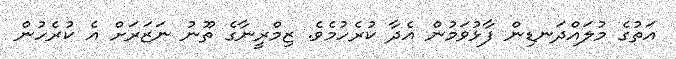
އަތުގެ މުލައްދަނޑިން ފާޅުވަމުން އެދާ ކުރެހުމެވެ. ޒިމްރީނާގެ ތޫނު ނަޒަރަށް އެ ކުރެހުން